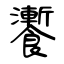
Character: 𩟗